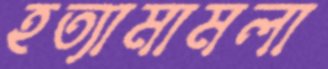
হত্যামামলা